Report of the Indian Hemp Drugs Commission, 1894-1895 - Volume III
Year: 1894
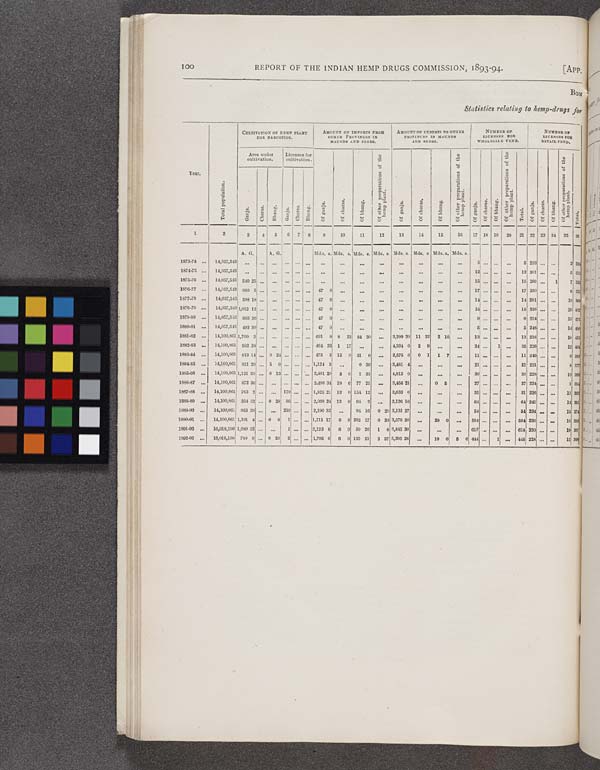
100
REPORT OF THE INDIAN HEMP DRUGS COMMISSION, 1893-94.
[APP.
BOM
Statistics relating to hemp-drugs for
Year.
Total population.
CULTIVATION OF HEMP PLANT
FOR
NARCOTICS.
AMOUNT OF IMPORTS FROM
OTHER PROVINCES IN
MAUNDS AND SEERS.
AMOUNT OF EXPORTS FROM
OTHER PROVINCES IN
MAUNDS AND SEERS.
NUMBER
OF
LICENSES FOR
WHOLESALE VEND.
NUMBER OF
LICENSES FOR
RETAIL VEND.
Year.
Total population.
Area under
cultivation.
Licenses for
cultivation.
Of ganja. Of charas. Of bhang.
Of other preparations of the
hemp plant.
Of ganja. Of charas. Of bhang.
Of other preparations of the
hemp plant.
Of ganja. Of charas. Of bhang.
Of other preparations of the
hemp plant.
Total.
Of ganja. Of charas. Of bhang.
Of other preparat
hemp plant.
Total.
Year.
Total population.
Ganja.
Charas.
Bhang,
Ganja.
Charas.
Bhang.
Of ganja. Of charas. Of bhang.
Of other preparations of the
hemp plant.
Of ganja. Of charas. Of bhang.
Of other preparations of the
hemp plant.
Of ganja. Of charas. Of bhang.
Of other preparations of the
hemp plant.
Total.
Of ganja. Of charas. Of bhang.
Of other preparat
hemp plant.
Total.
1
2
3
4
5
6
7
8
9
10
11
12
13
14
15
16
17 18 19
20
21 22 23 24 25 26
A. G.
A. G.
Mds. s. Mds. s. Mds. s. Mds. s. Mds. s. Mds. s. Mds. s. Mds. s.
1873-74
14,057,543
5
5 233
2 284
1874-75
14,057,543
12
12 301
5 311
1875-76
14,057,543 540 25
15
15 260
1
7 311
1876-77
14,057,543 950 5
47 0
17
17 250
6 328
1877-78
14,057,543 598 18
47 0
14
14 291
19 32
1878-79
14,057,543 1,012 12
47 0
15
15 316
20 368
1879-80
14,057,543 605 26
47 0
9
9 224
15 402
1880-81
14,057,543 493 30
47 0
5
5 248
14 496
1881-82
14,100,861 1,700 2
691 9 8 32 84 30
3,299 20 11 32
2 10
13
13 218
18 496
1882-83
14,100,861 992 28
464 22 1 17
4,334 0
2 9
34
1
35 226
12 412
1883-84
14,100,861 813 14
0 24
475 3 15 0 51 0
2,575 0
0 1 1 7
11
11 249
9 404
1884-85
14,100,861 921 20
5 0
1,124 3
0 30
3,481 4
21
21 231
8 381
1885-86
14,100,861 1,121 39
0 13
2,481 20 5 0
1 35
4,812 0
30
30 228
10 301
1886-87
14,100,861 872 36
2,498 34 19 0 77 21
3,456 21
0 5
27
27 224
1 301
1887-88
14,100,861 763 2
179
1,825 21 13 0 134 12
3,633 0
31
31 226
11 301
1888-89
14,100,861 354 32
0 29 86
2,068 24 13 0 64 2
2,126 10
64
64 241
14 374
1889-90
14,100,861 953 29
210
2,190 32
94 16
0 29 3,131 27
54
54 234
15 374
1890-91
14,100,861 1,191 4
0 8
1
1,711 17 6 0 262 17
0 33 3,679 20
20 0
584
584 236
18 381
1891-92
16,018,190 1,089 32
1
2,123 8
6 0 59 26
1 8 3,845 30
618
618 230
19 387
1892-93
16,018,190 780 9
0 20 2
1,706 0
6 0 133 21 3 37 5,395 26
10 0
5 0 444
1
445 228
12 365